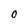
Character: O